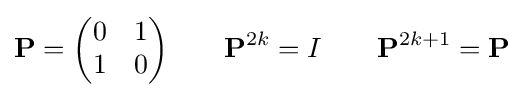
\mathbf {P} ={\begin{pmatrix}0&1\\1&0\end{pmatrix}}\qquad \mathbf {P} ^{2k}=I\qquad \mathbf {P} ^{2k+1}=\mathbf {P}